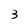
Character: 3